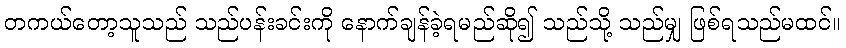
တကယ်တော့သူသည် သည်ပန်းခင်းကို နောက်ချန်ခဲ့ရမည်ဆို၍ သည်သို့ သည်မျှ ဖြစ်ရသည်မထင်။